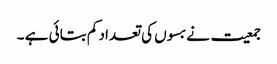
جمعیت نے بسوں کی تعداد کم بتائی ہے ۔